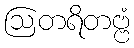
ဩတရိတဗ္ဗံ